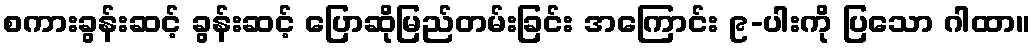
စကားခွန်းဆင့် ခွန်းဆင့် ပြောဆိုမြည်တမ်းခြင်း အကြောင်း ၉-ပါးကို ပြသော ဂါထာ။